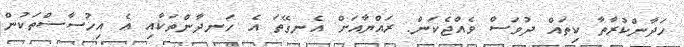
ހަދާންކުރާތާ ކިތައް ދުވަސް ވެއްޖެކަން. ރައްޔާއަށް އެނގޭތަ އެ ހަނދާންތަކާއި އެ އިހުސާސްތަކުން